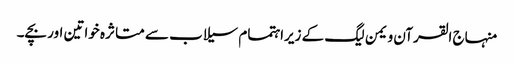
﻿ منہاج القرآن ویمن لیگ کے زیراہتمام سیلاب سے متا ثرہ خواتین اور بچے۔